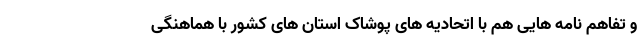
و تفاهم نامه هایی هم با اتحادیه های پوشاک استان های کشور با هماهنگی